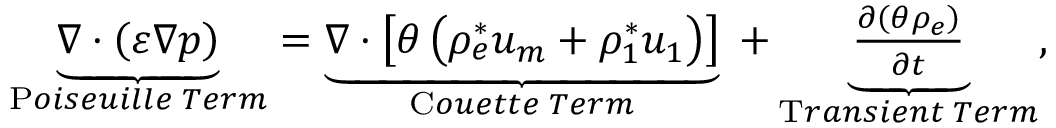
\begin{array} { r } { \underbrace { \boldsymbol { \nabla } \cdot \left( { \varepsilon } \boldsymbol { \nabla } p \right) } _ { \mathrm { P } o i s e u i l l e \; T e r m } = \underbrace { \boldsymbol { \nabla } \cdot \left[ \theta \left( { \rho _ { e } ^ { * } } \boldsymbol { u _ { m } } + { \rho _ { 1 } ^ { * } } \boldsymbol { u _ { 1 } } \right) \right] } _ { \mathrm { C } o u e t t e \; T e r m } \; + \underbrace { \frac { \partial \left( \theta \rho _ { e } \right) } { \partial t } } _ { \mathrm { T } r a n s i e n t \; T e r m } , } \end{array}